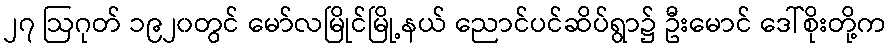
၂၇ ဩဂုတ် ၁၉၂၀တွင် မော်လမြိုင်မြို့နယ် ညောင်ပင်ဆိပ်ရွာ၌ ဦးမောင် ဒေါ်စိုးတို့က